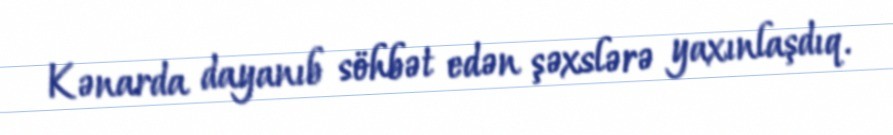
Kənarda dayanıb söhbət edən şəxslərə yaxınlaşdıq.